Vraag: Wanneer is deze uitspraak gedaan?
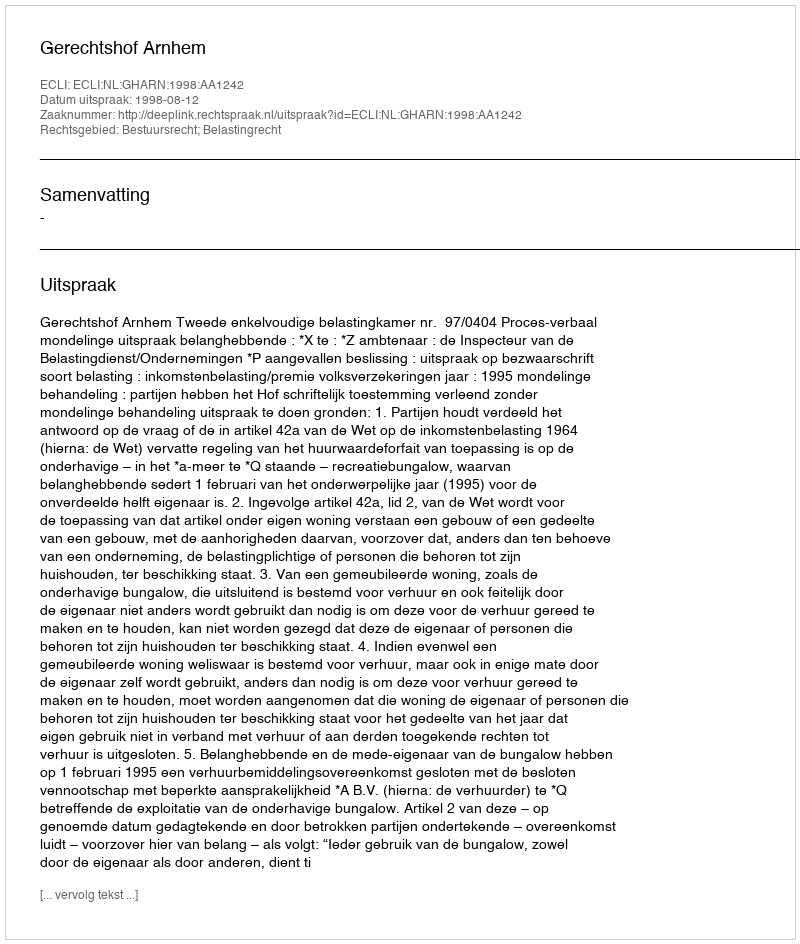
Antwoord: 1998-08-12